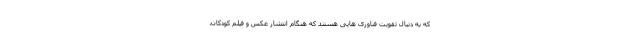
که به دنبال تقویت فناوری هایی هستند که هنگام انتشار عکس و فیلم کودکان،